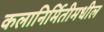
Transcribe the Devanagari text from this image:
कलानिर्मितीमधील